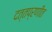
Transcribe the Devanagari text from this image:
दत्तप्रणीत